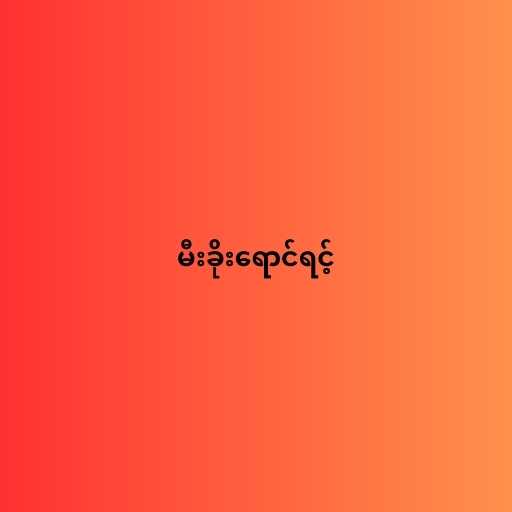
မီးခိုးရောင်ရင့်